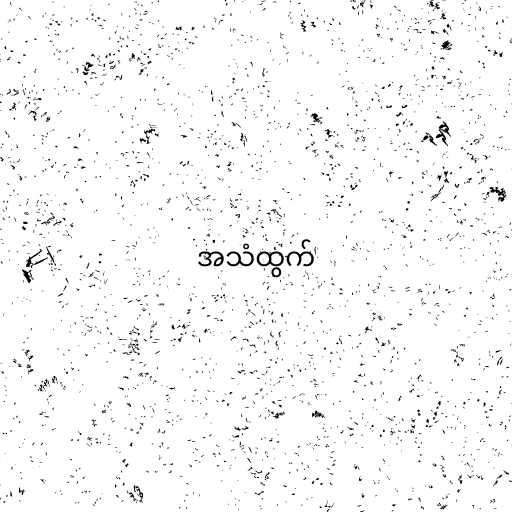
အသံထွက်